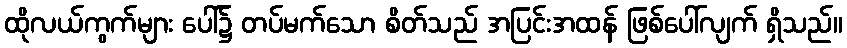
ထိုလယ်ကွက်များ ပေါ်၌ တပ်မက်သော စိတ်သည် အပြင်းအထန် ဖြစ်ပေါ်လျက် ရှိသည်။